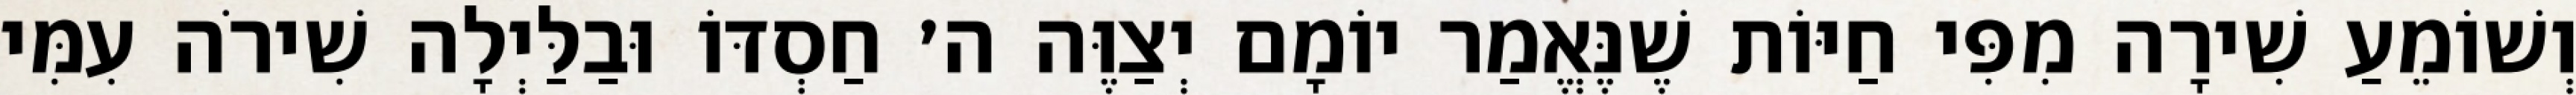
וְשׁוֹמֵעַ שִׁירָה מִפִּי חַיּוֹת שֶׁנֶּאֱמַר יוֹמָם יְצַוֶּה ה׳ חַסְדּוֹ וּבַלַּיְלָה שִׁירֹה עִמִּי